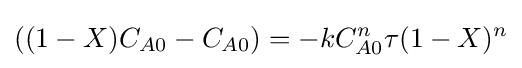
((1-X)C_{A0}-C_{A0})=-kC_{A0}^{n}\tau (1-X)^{n}